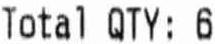
TATAL QTY: 6